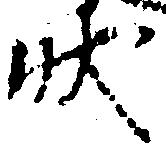
状